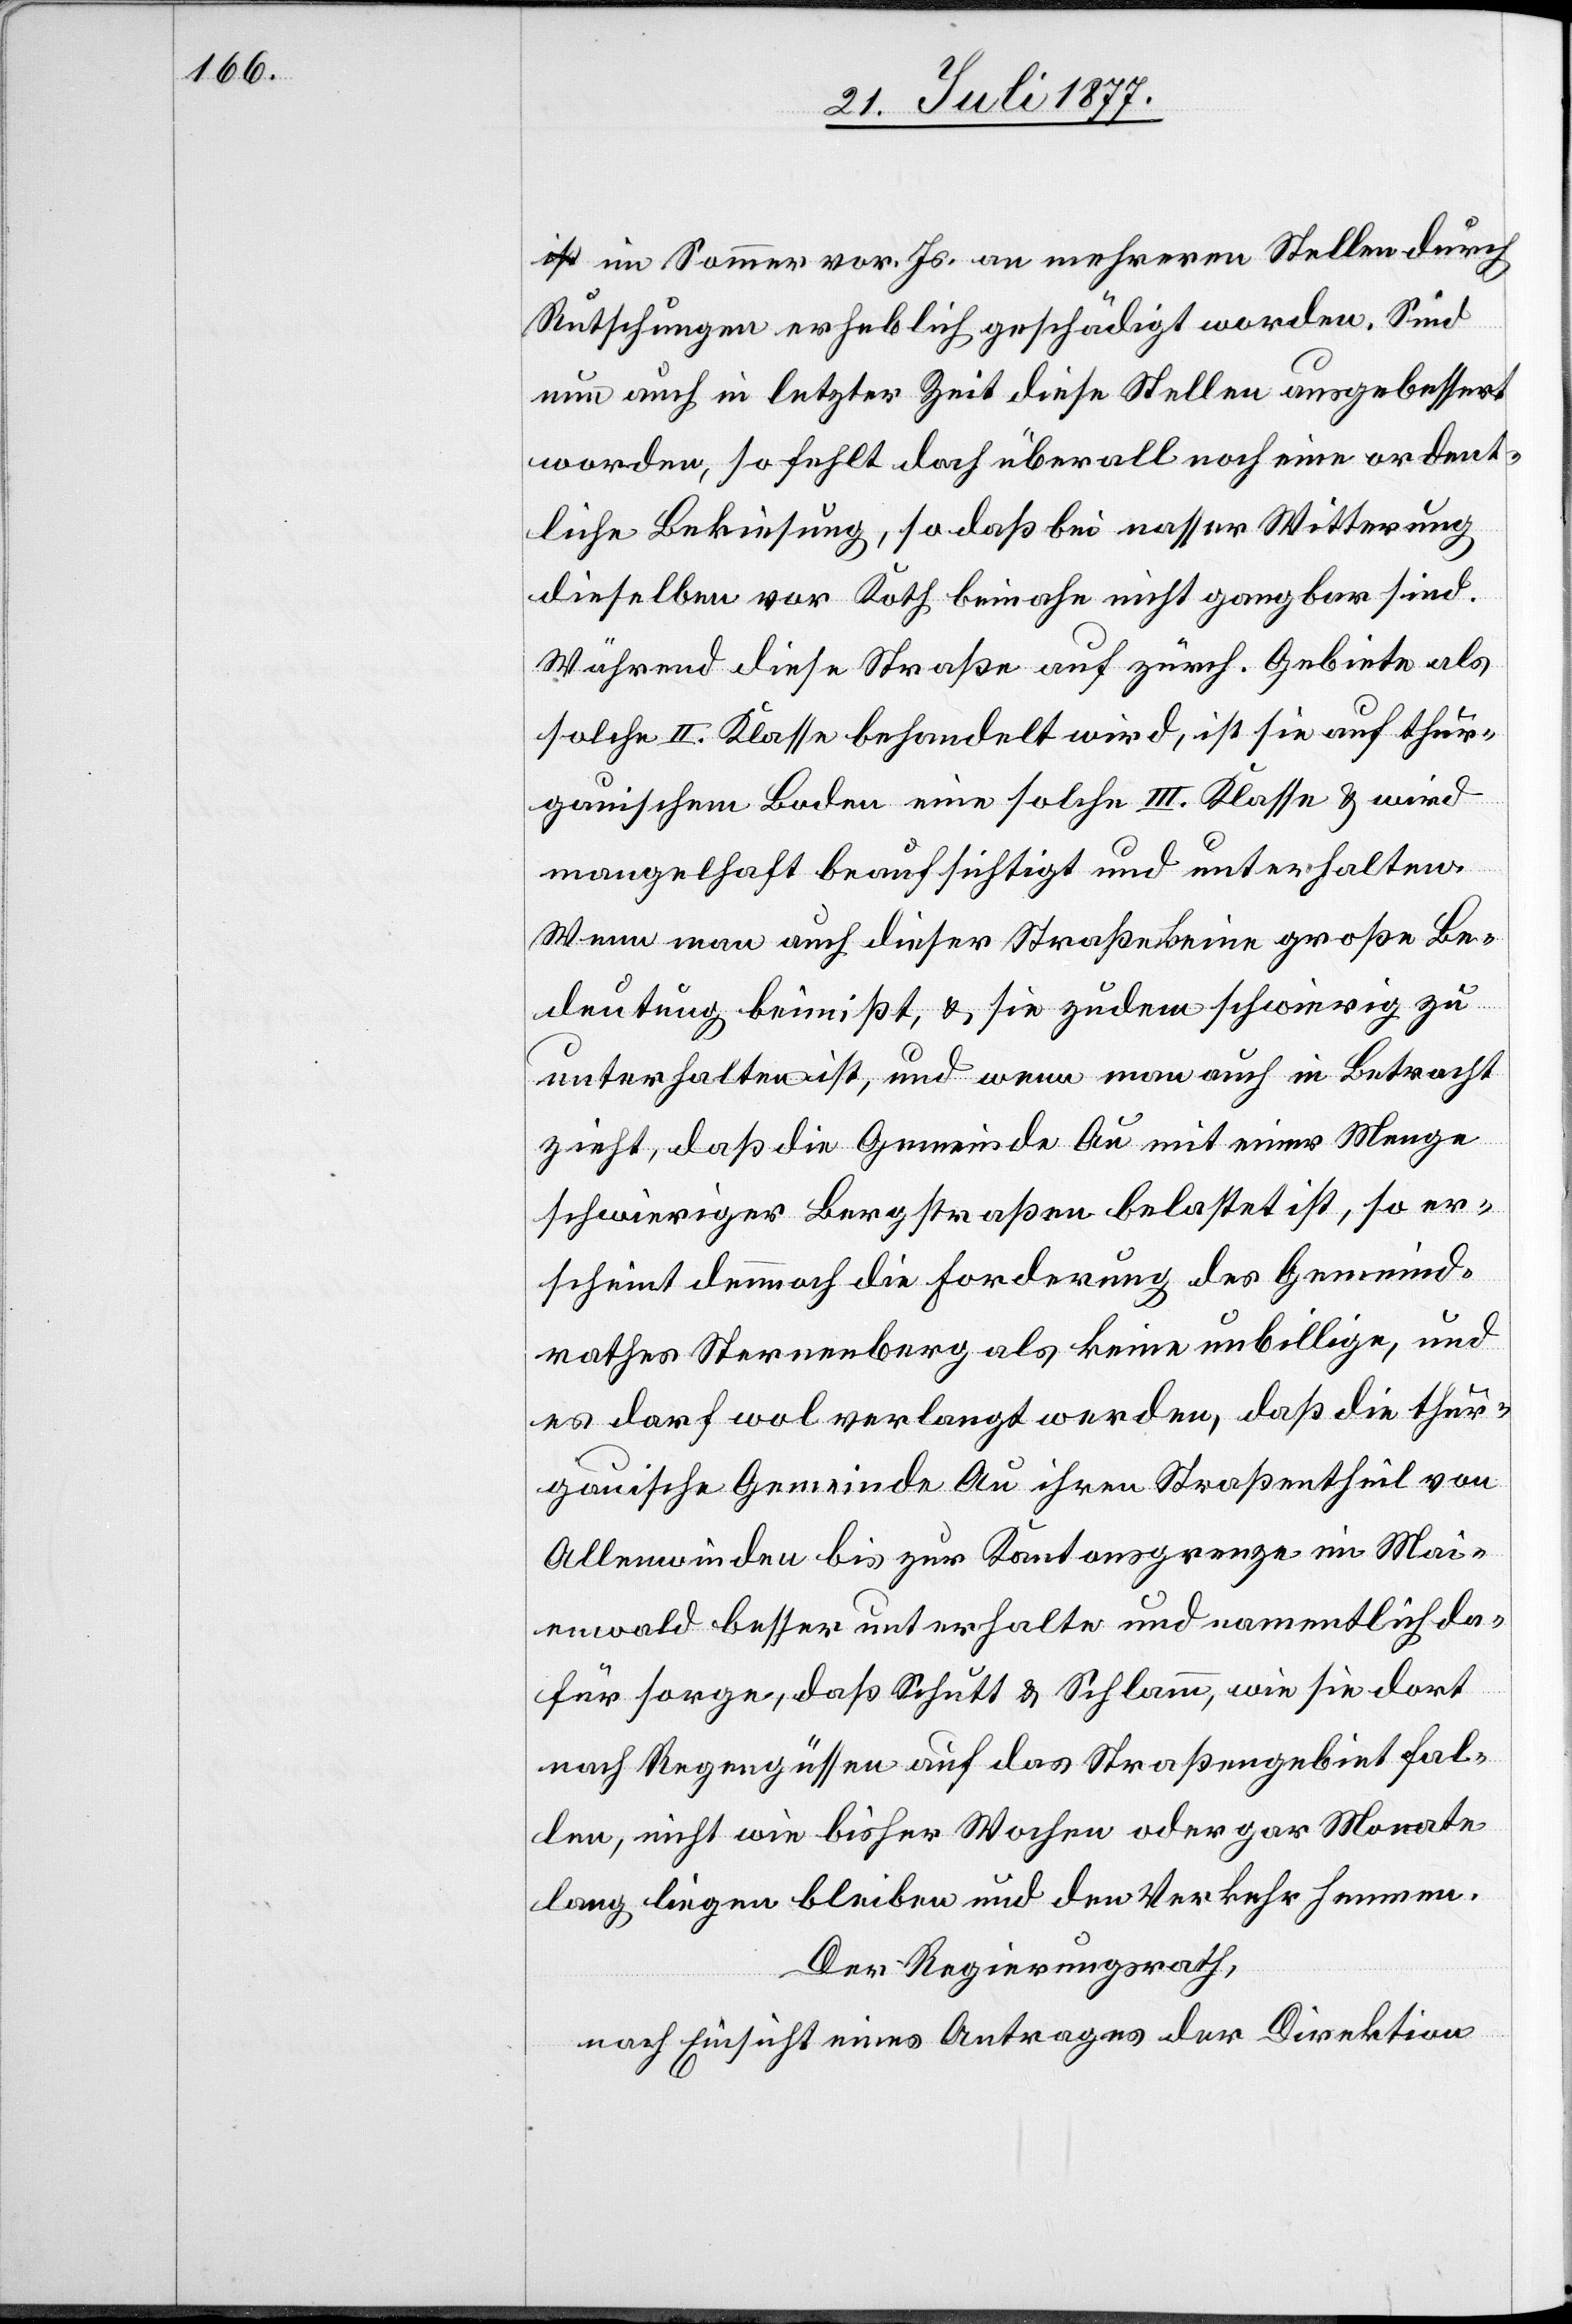
im Sommer vor. Js. an mehreren Stellen durch
Rutschungen erheblich geschädigt worden. Sind
nun auch in letzter Zeit diese Stellen ausgebessert
worden, so fehlt doch überall noch eine ordent¬
liche Bekiesung, so daß bei nasser Witterung
dieselben vor Koth beinahe nicht gangbar sind.
Während diese Straße auf zürch. Gebiete als
solche II. Klasse behandelt wird, ist sie auf thur¬
gauischem Boden eine solche III. Klasse & wird
mangelhaft beaufsichtigt und unterhalten.
Wenn man auch dieser Straße keine große Be¬
deutung beimißt, & sie zudem schwierig zu
unterhalten ist, und wenn man auch in Betracht
zieht, daß die Gemeinde Au mit einer Menge
schwieriger Bergstraßen belastet ist, so er¬
scheint dennnoch die Forderung des Gemeind¬
rathes Sternenberg als keine unbillige, und
es darf wol verlangt werden, daß die thur¬
gauische Gemeinde Au ihren Straßentheil von
Allenwinden bis zur Kantonsgrenze im Mai¬
enwald besser unterhalte und namentlich da¬
für sorge, daß Schutt & Schlamm, wie sie dort
nach Regengüssen auf das Straßengebiet fal¬
len, nicht wie bisher Wochen oder gar Monate
lang liegen bleiben und den Verkehr hemmen.
Der Regierungsrath,
nach Einsicht eines Antrages der Direktion